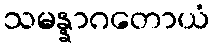
သမန္နာဂတောယံ